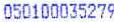
050100035279